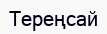
Тереңсай